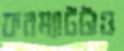
ফরম্যাটটাও